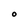
Character: O